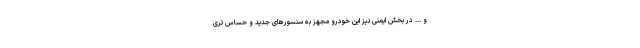
و ... در بخش ایمنی نیز این خودرو مجهز به سنسورهای جدید و حساس تری